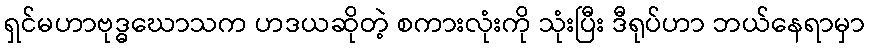
ရှင်မဟာဗုဒ္ဓဃောသက ဟဒယဆိုတဲ့ စကားလုံးကို သုံးပြီး ဒီရုပ်ဟာ ဘယ်နေရာမှာ